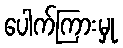
ပေါက်ကြားမှု